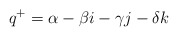
\begin{align*}q^+=\alpha - \beta i -\gamma j - \delta k\end{align*}